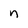
Character: n